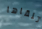
تلقاها